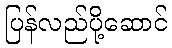
ပြန်လည်ပို့ဆောင်